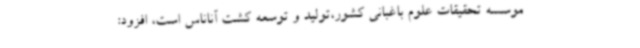
موسسه تحقیقات علوم باغبانی کشور،تولید و توسعه کشت آناناس است، افزود: